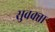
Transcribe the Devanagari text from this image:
सुवक्‍ता